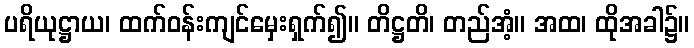
ပရိယုဋ္ဌာယ၊ ထက်ဝန်းကျင်မှေးရှက်၍။ တိဋ္ဌတိ၊ တည်အံ့။ အထ၊ ထိုအခါ၌။